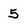
Character: 5